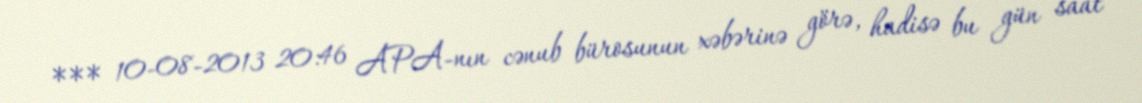
*** 10-08-2013 20:46 APA-nın cənub bürosunun xəbərinə görə, hadisə bu gün saat